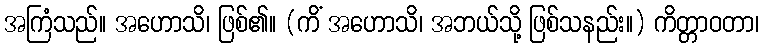
အကြံသည်။ အဟောသိ၊ ဖြစ်၏။ (ကိံ အဟောသိ၊ အဘယ်သို့ ဖြစ်သနည်း။) ကိတ္တာဝတာ၊